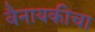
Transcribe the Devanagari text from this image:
वैनायकीचा